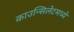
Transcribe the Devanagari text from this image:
काउन्सिलेटमध्ये